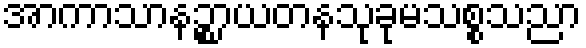
အာကာသာနဉ္စာယတနသုခုမသစ္စသညာ